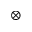
\otimes